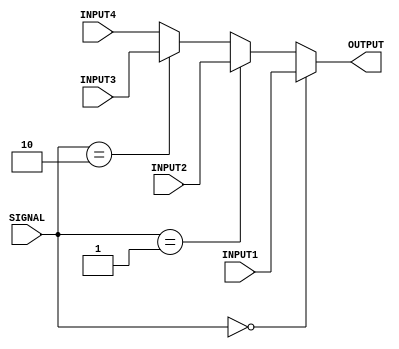
module TWOBITMUX (

	input wire [1:0] SIGNAL,
	input wire [31:0] INPUT1,
	input wire [31:0] INPUT2,
	input wire [31:0] INPUT3,
	input wire [31:0] INPUT4,

	output wire [31:0] OUTPUT

	);

	reg [31:0] _OUTPUT;
	assign OUTPUT = _OUTPUT;

	initial begin
		_OUTPUT = 0;
	end

	always@ (*) begin
		if (SIGNAL == 2'b00) begin
			_OUTPUT = INPUT1;
		end
		else if (SIGNAL == 2'b01) begin
			_OUTPUT = INPUT2;
		end
		else if (SIGNAL == 2'b10) begin 
			_OUTPUT = INPUT3;
		end
		else begin
			_OUTPUT = INPUT4;
		end
	end

endmodule